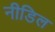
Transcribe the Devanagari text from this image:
नीडिल